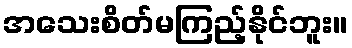
အသေးစိတ်မကြည့်နိုင်ဘူး။